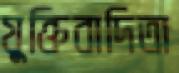
যুক্তিবাদিতা